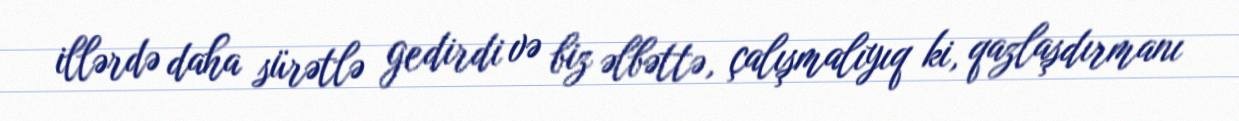
illərdə daha sürətlə gedirdi və biz əlbəttə, çalışmalıyıq ki, qazlaşdırmanı